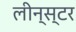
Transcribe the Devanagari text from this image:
लीन्स्टर